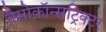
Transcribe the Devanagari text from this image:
वैसोकॉन्सट्रिक्टर